Lunatic asylums Punjab 1895-1910 - 1895-1910
Year: 1895
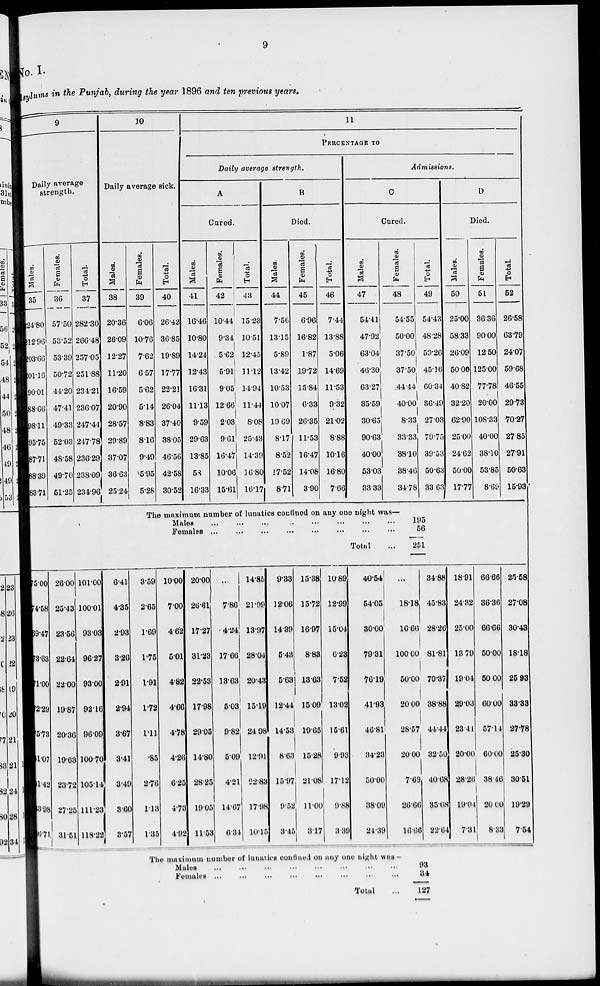
9
No. I.
Asylums in the Punjab, during the year 1896 and ten previous years.
9
Daily average
strength.
Males.
35
24.80
212.96
203.66
201.16
90.01
88.66
98.11
95.75
87.71
88.39
83.71
Females.
36
57.50
53.52
53.39
50.72
44.20
47.41
49.33
52.03
48.58
49.70
51.25
Total.
37
282.30
266.48
257.05
251.88
234.21
236.07
247.44
247.78
236.29
238.09
234.96
10
Daily average sick.
Males.
38
20.36
26.09
12.27
11.20
16.59
20.90
28.57
29.89
37.07
36.63
25.24
75.00
74.58
69.47
73.63
71.00
72.29
75.73
81.07
81.42
83.98
86.71
26.00
25.43
23.56
22.64
22.00
19.87
20.36
19.63
23.72
27.25
31.51
101.00
100.01
93.03
96.27
93.00
92.16
96.09
100.70
105.14
111.23
118.22
6.41
4.35
2.93
3.26
2.91
2.94
3.67
3.41
3.49
3.60
3.57
Females.
39
6.06
10.76
7.62
6.57
5.62
5.14
8.83
8.16
9.49
5.95
5.28
Total.
40
26.42
36.85
19.89
17.77
22.21
26.04
37.40
38.05
46.56
42.58
30.52
11
PERCENTAGE TO
Daily average strength.
A
Cured.
Males.
41
16.46
10.80
14.24
12.43
16.31
11.13
9.59
29.63
13.85
58
16.33
Females.
42
10.44
9.34
5.62
5.91
9.05
12.66
2.03
9.61
16.47
10.06
15.61
Total.
43
15.23
10.51
12.45
11.12
14.94
11.44
8.08
25.43
14.39
16.80
16.17
B
Died.
Males.
44
7.56
13.15
5.89
13.42
10.53
10.07
19.69
8.17
8.52
17.52
8.71
Females.
45
6.96
16.82
1.87
19.72
15.84
6.33
26.35
11.53
16.47
14.08
3.90
Total.
46
7.44
13.88
5.06
14.69
11.53
9.32
21.02
8.88
10.16
16.80
7.66
Admissions.
C
Cured.
Males.
47
54.41
47.92
63.04
46.30
63.27
35.59
30.65
90.63
40.00
53.03
33.33
Females.
48
54.55
50.00
37.50
37.50
44.44
40.00
8.33
33.33
38.10
38.46
34.78
The maximum number of lunatics confined on any one night was—
Males ... ... ... ... ... ... ... ...
Females ... ... ... ... ... ... ... ...
Total ...
3.59
2.65
1.69
1.75
1.91
1.72
1.11
.85
2.76
1.13
1.35
10.00
7.00
4.62
5.01
4.82
4.66
4.78
4.26
6.25
4.73
4.92
20.00
26.61
17.27
31.23
22.53
17.98
29.05
14.80
28.25
19.05
11.53
...
7.86
4.24
17.66
13.63
5.03
9.82
5.09
4.21
14.67
6.34
14.85
21.99
13.97
28.04
20.43
15.19
24.98
12.91
22.83
17.98
10.15
9.33
12.06
14.39
5.43
5.63
12.44
14.53
8.63
15.97
9.52
3.45
15.38
15.72
16.97
8.83
13.63
15.09
19.65
15.28
21.08
11.00
3.17
10.89
12.99
15.04
6.23
7.52
13.02
15.61
9.93
17.12
9.88
3.39
40.54
54.05
30.00
79.31
76.19
41.93
46.81
34.23
50.00
38.09
24.39
Total.
49
54.43
48.28
59.26
45.16
60.34
36.49
27.03
79.75
39.53
50.63
33.63
195
56
251
...
18.18
16.66
100.00
50.00
20.00
28.57
20.00
7.69
26.66
16.66
34.88
45.83
28.20
81.81
70.37
38.88
44.44
32.50
40.68
35.08
22.64
The maximum number of lunatics confined on any one night was—
Males ... ... ... ... ... ... ... ...
Females ... ... ... ... ... ... ... ...
Total ...
93
34
127
D
Died.
Males.
50
25.00
58.33
26.09
50.00
40.82
32.20
62.90
25.00
24.62
50.00
17.77
Females.
51
36.36
90.00
12.50
125.00
77.78
20.00
108.33
40.00
38.10
53.85
8.69
Total.
52
26.58
63.79
24.07
59.68
46.55
29.73
70.27
27.85
27.91
50.63
15.93
18.91
24.32
25.00
13.79
19.04
29.03
23.41
20.00
28.26
19.04
7.31
66.66
36.36
66.66
50.00
50.00
60.00
57.14
60.00
38.46
20.00
8.33
25.58
27.08
30.43
18.18
25.93
33.33
27.78
25.30
30.51
19.29
7.54